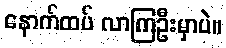
နောက်ထပ် လာကြဦးမှာပဲ။